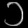
Digit: ၁